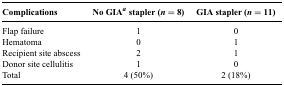
<table><thead><tr><td><b>Complications</b></td><td><b>No GIA<sup>a</sup> stapler (<i>n</i> = 8)</b></td><td><b>GIA stapler (<i>n</i> = 11)</b></td></tr></thead><tbody><tr><td>Flap failure</td><td>1</td><td>0</td></tr><tr><td>Hematoma</td><td>0</td><td>1</td></tr><tr><td>Recipient site abscess</td><td>2</td><td>1</td></tr><tr><td>Donor site cellulitis</td><td>1</td><td>0</td></tr><tr><td>Total</td><td>4 (50%)</td><td>2 (18%)</td></tr></tbody></table>